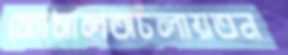
স্যোসালঅচলায়তন